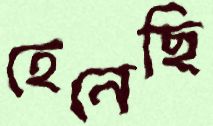
হেনেছি